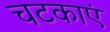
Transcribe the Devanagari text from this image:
चटकाएं